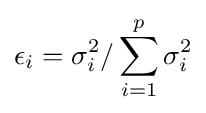
\epsilon _{i}=\sigma _{i}^{2}/\sum _{i=1}^{p}\sigma _{i}^{2}